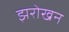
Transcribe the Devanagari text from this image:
झरोखन